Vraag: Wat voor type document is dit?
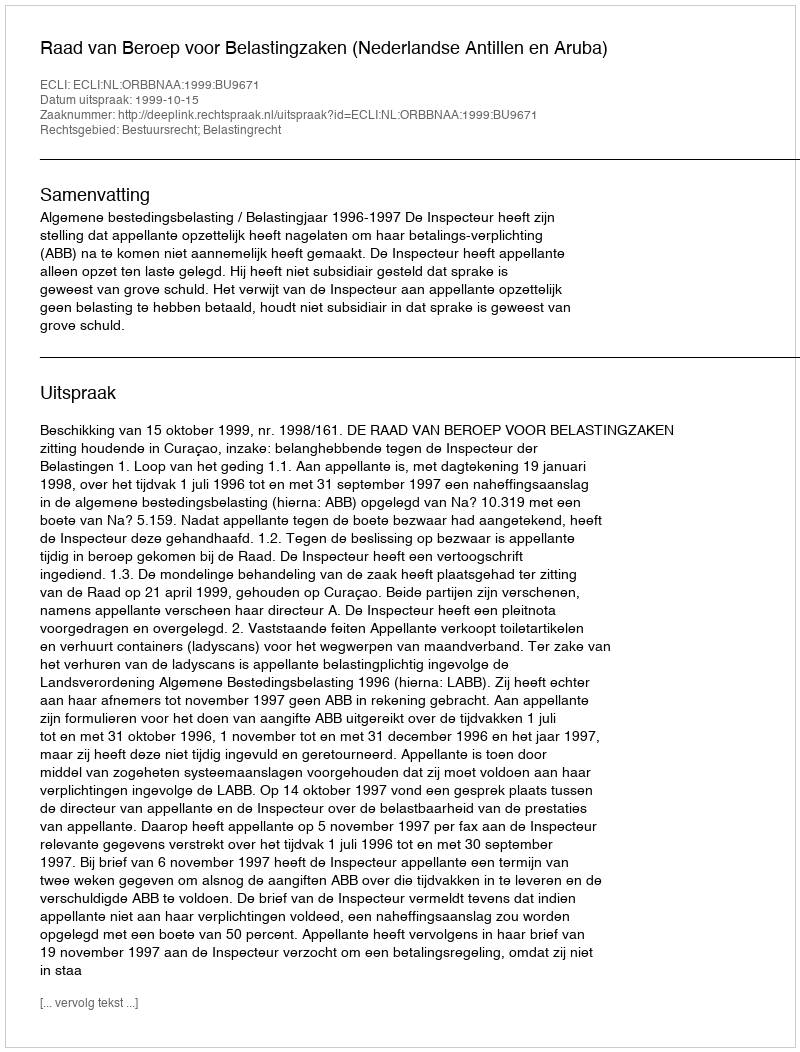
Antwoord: Uitspraak